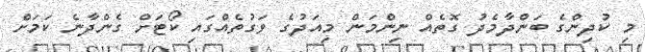
މި ކުދިންގެ ބަންދާމެދު ގޮތެއް ނިންމަން މިއަދުގެ ވަގުތެއްގައި ކޯޓަށް ގެންދާނެ ކަމަށް